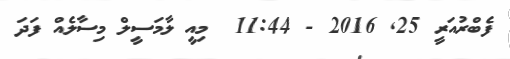
ފެބްރުއަރީ 25